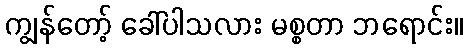
ကျွန်တော့် ခေါ်ပါသလား မစ္စတာ ဘရောင်း။